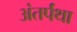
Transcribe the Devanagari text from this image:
अंतर्पंथा